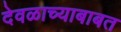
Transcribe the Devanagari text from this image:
देवळाच्याबाबत